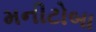
મનીટોબા